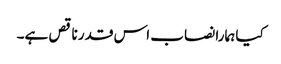
کیا ہمارا نصاب اس قدر ناقص ہے۔